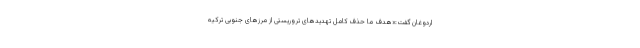
اردوغان گفت:«هدف ما حذف کامل تهدیدهای تروریستی از مرزهای جنوبی ترکیه